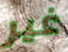
غير